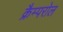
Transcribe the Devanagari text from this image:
क्रैम्परोल